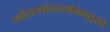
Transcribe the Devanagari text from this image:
भीतगोपार्भकाहूतो